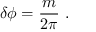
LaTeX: \delta \phi = { \frac { m } { 2 \pi } } \ .